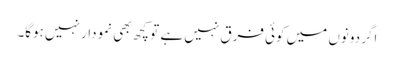
اگر دونوں میں کوئی فرق نہیں ہے تو کچھ بھی نمودار نہیں ہوگا۔